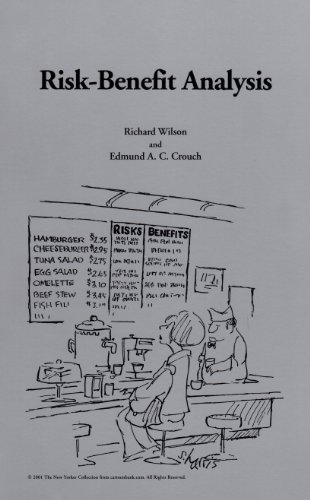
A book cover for Risk-Benefit Analysis: Second Edition (Harvard Center for Risk Analysis); Richard Wilson; Medical Books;